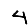
Digit: 4